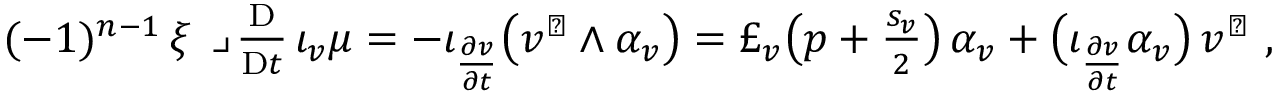
\begin{array} { r } { ( - 1 ) ^ { n - 1 } \, \xi \, \lrcorner \, \frac { \mathrm { D } } { \mathrm { D } t } \, \iota _ { v } \mu = - \iota _ { \frac { \partial v } { \partial t } } \big ( v ^ { \flat } \wedge \alpha _ { v } \big ) = \pounds _ { v } \big ( p + \frac { s _ { v } } { 2 } \big ) \, \alpha _ { v } + \big ( \iota _ { \frac { \partial v } { \partial t } } \alpha _ { v } \big ) \, v ^ { \flat } \ , } \end{array}